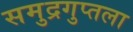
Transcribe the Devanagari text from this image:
समुद्रगुप्तला